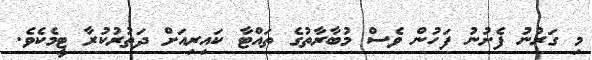
މި ގަރުނު ފެށުނު ފަހުން ވެސް މުބާރާތުގެ ތައްޓާ ކައިރިއަށް ދަތުރުކުރާ ޓީމެކެވެ.